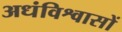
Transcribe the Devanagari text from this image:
अधंविश्वासों